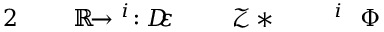
\! \! \! \! \! \! \! \! \! \! \! \Phi \! \! \! \! \! \! \! \! \! \! \! \! ^ { i } \! \! \! \! \! \! \! \! \! \! \! \! _ { \! } \! \! \! \! \! \! \! \! \! \! \! * \! \! \! \! \! \! \! \! \! \! \! \! \ensuremath { \mathcal { Z } } \! \! \! \! \! \! \! \! \! \! \! \! _ { \! } \! \! \! \! \! \! \! \! \! \! \! \varepsilon \! \! \! \! \! \! \! \! \! \! \! \! : D \! \! \! \! \! \! \! \! \! \! \! \! ^ { i } \! \! \! \! \! \! \! \! \! \! \! \! \to \! \! \! \! \! \! \! \! \! \! \! \! \mathbb { R } \! \! \! \! \! \! \! \! \! \! \! \! ^ { \! } \! \! \! \! \! \! \! \! \! \! \! 2 \! \! \! \! \! \! \! \! \! \! \!